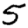
Digit: 5